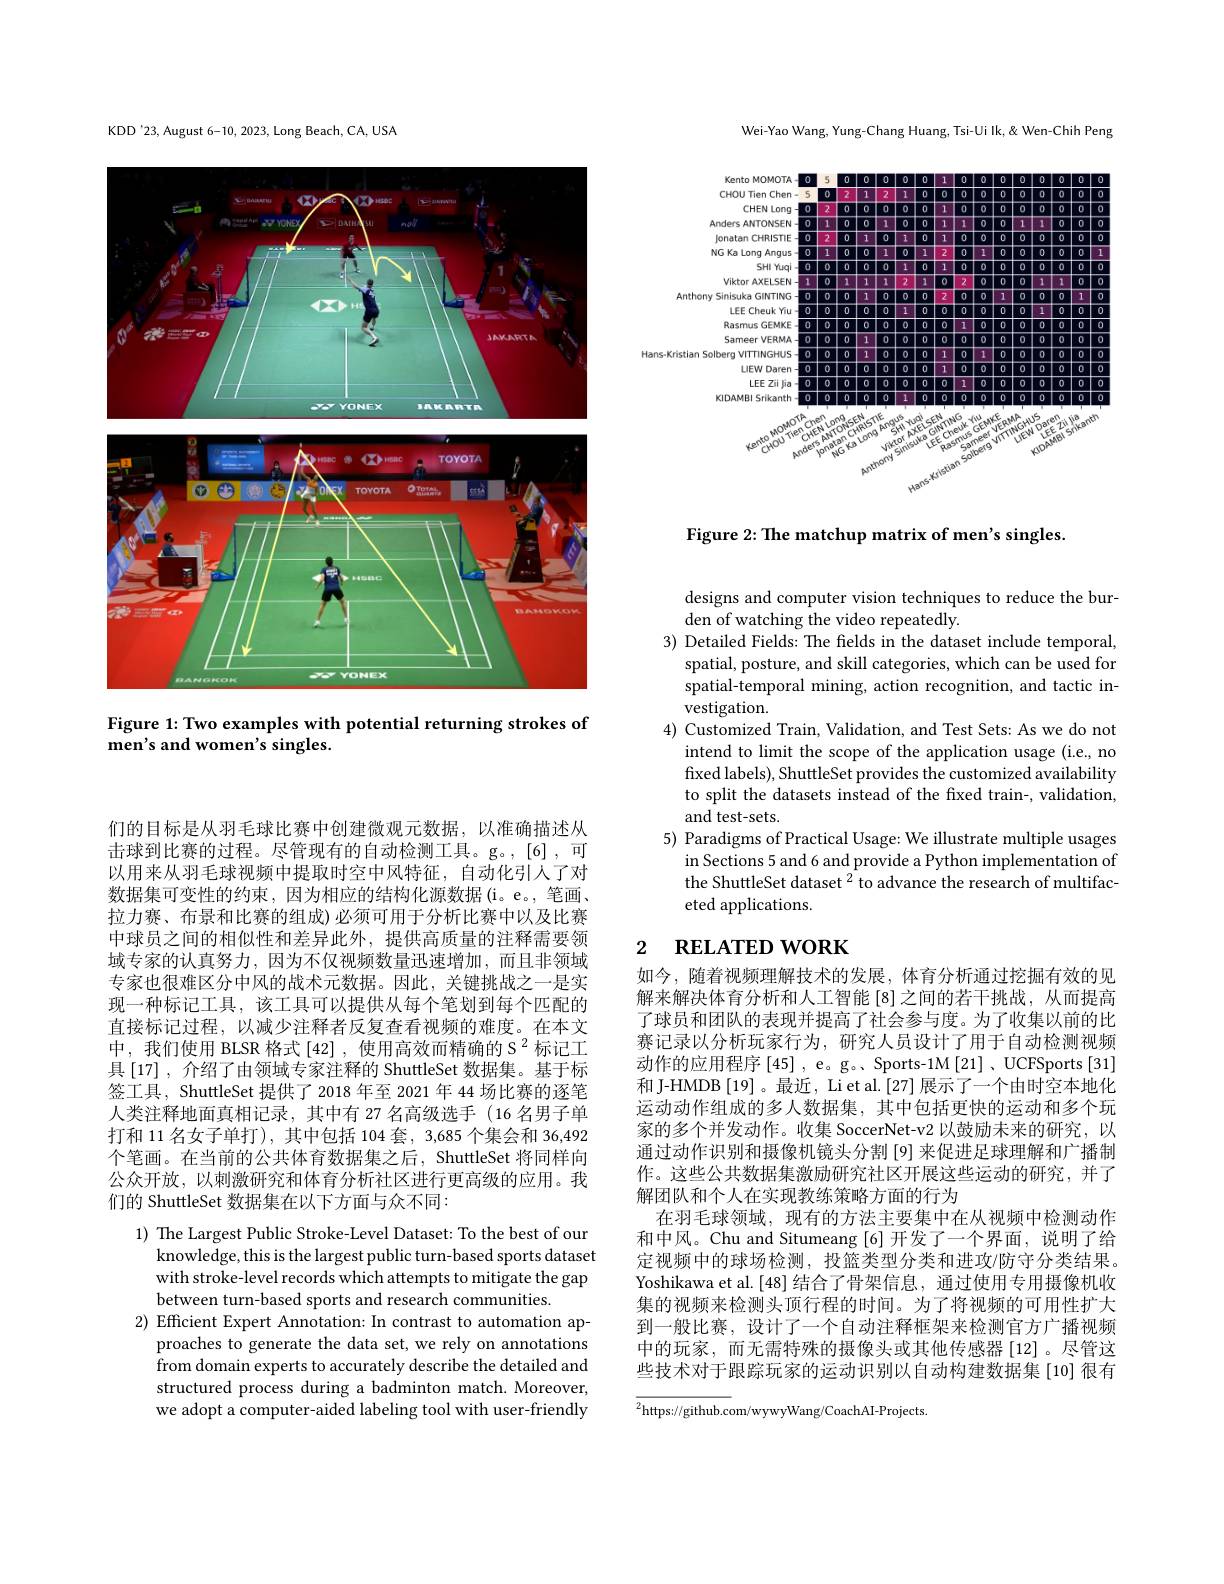
KDD'23, August 6-10, 2023, Long Beach, CA, USA

<FigureHere>

Figure 1: Two examples with potential returning strokes of
men's and women's singles.

Wei-Yao Wang, Yung-Chang Huang, Tsi-Ui Ik,& Wen-Chih Peng

<FigureHere>

Figure 2: The matchup matrix of men's singles.

们的目标是从羽毛球比赛中创建微观元数据，以准确描述从击球到比赛的过程。尽管现有的自动检测工具。g。,[6] ,可以用来从羽毛球视频中提取时空中风特征，自动化引人了对数据集可变性的约束，因为相应的结构化源数据(i。e。,笔画、 拉力赛、布景和比赛的组成) 必须可用于分析比赛中以及比赛中球员之间的相似性和差异此外，提供高质量的注释需要领域专家的认真努力，因为不仅视频数量迅速增加，而且非领域专家也很难区分中风的战术元数据。因此，关键挑战之一是实现一种标记工具，该工具可以提供从每个笔划到每个匹配的直接标记过程，以减少注释者反复查看视频的难度。在本文中，我们使用 BLSR 格式[42],使用高效而精确的 S$^{2}$标记工具 [17] , 介绍了由领域专家注释的 ShuttleSet 数据集。基于标签工具，ShuttleSet 提供了 2018 年至 2021 年 44 场比赛的逐笔人类注释地面真相记录，其中有 27 名高级选手(16 名男子单打和 11 名女子单打), 其中包括 104 套，3,685 个集会和 36,492个笔画。在当前的公共体育数据集之后，ShuttleSet 将同样向公众开放，以刺激研究和体育分析社区进行更高级的应用。我们的 ShuttleSet 数据集在以下方面与众不同：

1) The Largest Public Stroke-Level Dataset: To the best of our
knowledge, this is the largest public turn-based sports dataset with stroke-level records which attempts to mitigate the gap between turn-based sports and research communities.
2) Efficient Expert Annotation: In contrast to automation ap-
proaches to generate the data set, we rely on annotations from domain experts to accurately describe the detailed and structured process during a badminton match. Moreover, we adopt a computer-aided labeling tool with user-friendly

designs and computer vision techniques to reduce the bur-
den of watching the video repeatedly.
3) Detailed Fields: The fields in the dataset include temporal,
spatial, posture, and skill categories, which can be used for spatial-temporal mining, action recognition, and tactic investigation.
4) Customized Train, Validation, and Test Sets: As we do not
intend to limit the scope of the application usage (i.e., no fixed labels), ShuttleSet provides the customized availability to split the datasets instead of the fxed train-, validation, and test-sets.
5) Paradigms of Practical Usage: We illustrate multiple usages
in Sections 5 and 6 and provide a Python implementation of the ShuttleSet dataset $^2$ to advance the research of multifaceted applications.

# 2 $\textbf{RELATED WORK}$

如今，随着视频理解技术的发展，体育分析通过挖掘有效的见解来解决体育分析和人工智能[8]之间的若干挑战，从而提高了球员和团队的表现并提高了社会参与度。为了收集以前的比赛记录以分析玩家行为，研究人员设计了用于自动检测视频动作的应用程序[45] , e。g。、Sports-1M[21] , UCFSports[31] 和 J-HMDB [19]。最近，Li et al. [27] 展示了一个由时空本地化运动动作组成的多人数据集，其中包括更快的运动和多个玩家的多个并发动作。收集 SoccerNet-v2 以鼓励未来的研究，以通过动作识别和摄像机镜头分割[9] 来促进足球理解和广播制作。这些公共数据集激励研究社区开展这些运动的研究，并了解团队和个人在实现教练策略方面的行为
在羽毛球领域，现有的方法主要集中在从视频中检测动作和中风。Chu and Situmeang [6] 开发了一个界面，说明了给定视频中的球场检测，投篮类型分类和进攻/防守分类结果。Yoshikawa et al.[48] 结合了骨架信息，通过使用专用摄像机收集的视频来检测头顶行程的时间。为了将视频的可用性扩大到一般比赛，设计了一个自动注释框架来检测官方广播视频中的玩家，而无需特殊的摄像头或其他传感器[12]。尽管这些技术对于跟踪玩家的运动识别以自动构建数据集[10] 很有

${\overline{{^2}\mathrm{https://github.com/wywyWang/CoachAI-Projects}}}$